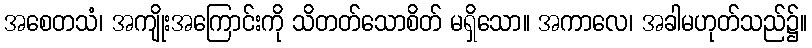
အစေတသံ၊ အကျိုးအကြောင်းကို သိတတ်သောစိတ် မရှိသော။ အကာလေ၊ အခါမဟုတ်သည်၌။